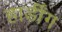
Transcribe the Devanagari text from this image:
हार्डींग